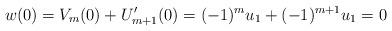
LaTeX: \begin{align*}w(0)=V_m(0)+U_{m+1}'(0)=(-1)^mu_1+(-1)^{m+1}u_1=0\end{align*}